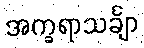
အက္ခရာသင်္ချာ